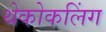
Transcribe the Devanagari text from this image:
थेकोकलिंग